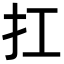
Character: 扛